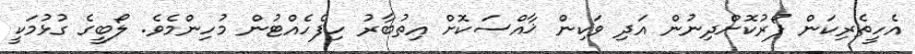
އެހީތެރިކަން ފޯރުކޮށްދިނުން އަދި ވަކިން ޚާއްސަކޮށް އިތުބާރު ހިފެހެއްޓުން މުހިންމެވެ. ލޯބީގެ ގުޅުމަކީ